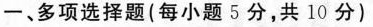
一、多项选择题(每小题5分，共10分)